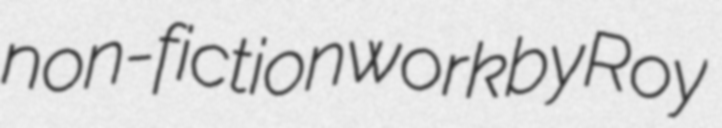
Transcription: non-fiction work by Roy